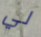
لي